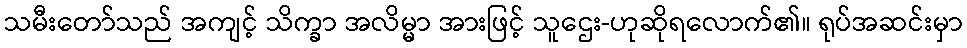
သမီးတော်သည် အကျင့် သိက္ခာ အလိမ္မာ အားဖြင့် သူဌေး-ဟုဆိုရလောက်၏။ ရုပ်အဆင်းမှာ